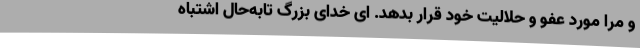
و مرا مورد عفو و حلالیت خود قرار بدهد. ای خدای بزرگ تابه‌حال اشتباه